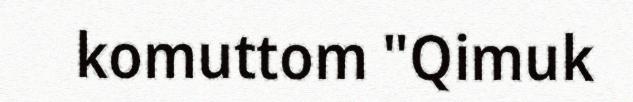
komuttom "Qimuk